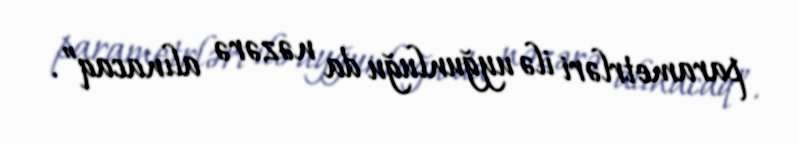
parametrləri ilə uyğunluğu da nəzərə alınacaq”.